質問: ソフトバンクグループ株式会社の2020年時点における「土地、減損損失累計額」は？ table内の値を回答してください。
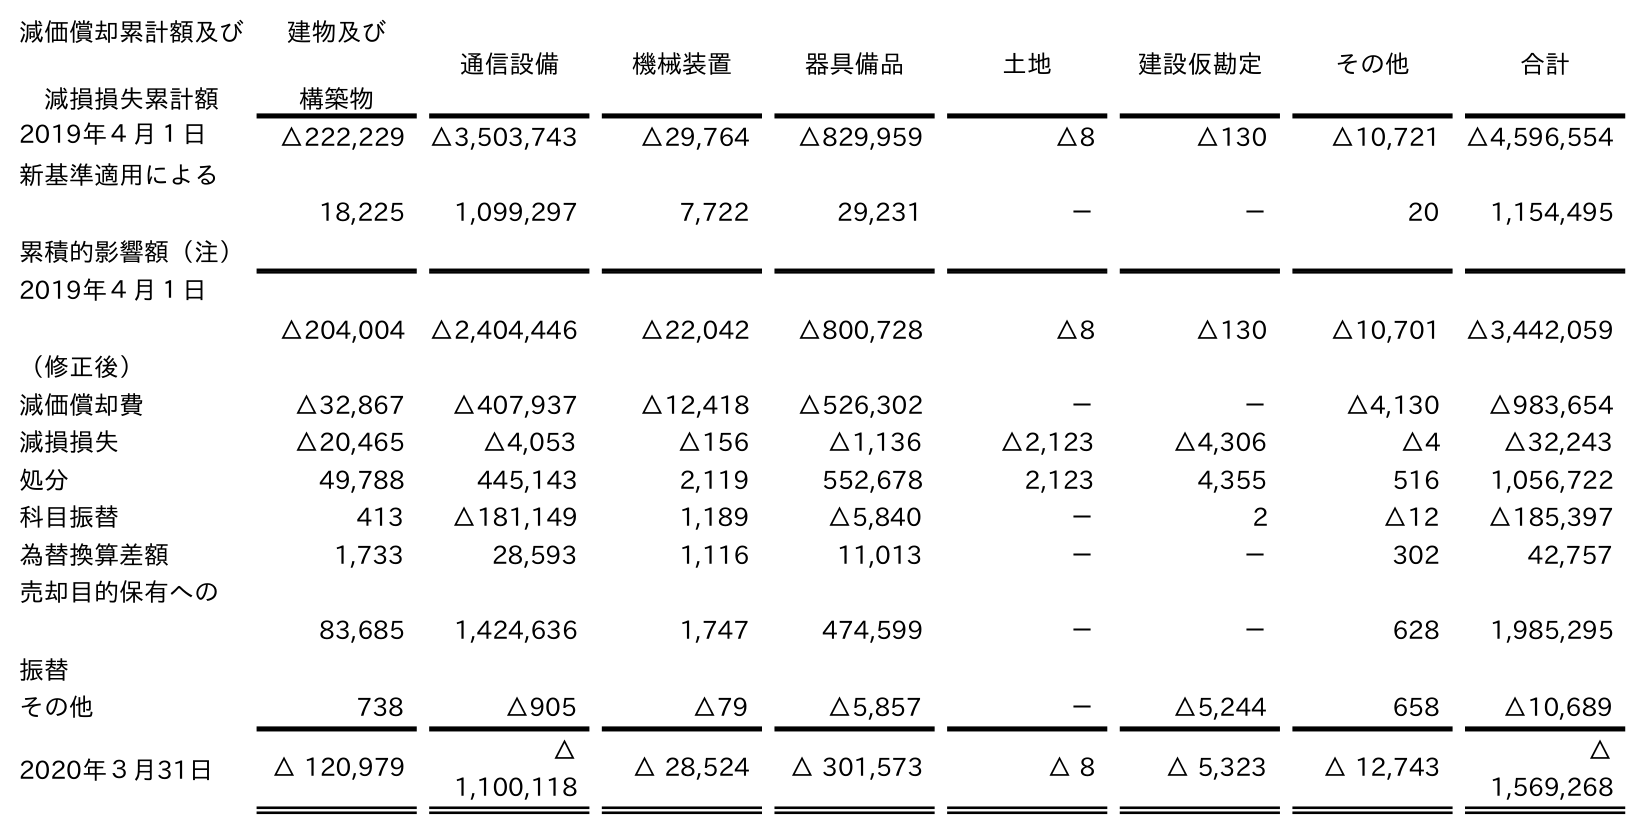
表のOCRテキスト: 減価償却累計額及び 減損損失累計額 建物及び 構築物 通信設備 機械装置 器具備品 土地 建設仮勘定 その他 合計 2019年４月１日 △222,229 △3,503,743 △29,764 △829,959 △8 △130 △10,721 △4,596,554 新基準適用による 累積的影響額（注） 18,225 1,099,297 7,722 29,231 － － 20 1,154,495 2019年４月１日 （修正後） △204,004 △2,404,446 △22,042 △800,728 △8 △130 △10,701 △3,442,059 減価償却費 △32,867 △407,937 △12,418 △526,302 － － △4,130 △983,654 減損損失 △20,465 △4,053 △156 △1,136 △2,123 △4,306 △4 △32,243 処分 49,788 445,143 2,119 552,678 2,123 4,355 516 1,056,722 科目振替 413 △181,149 1,189 △5,840 － 2 △12 △185,397 為替換算差額 1,733 28,593 1,116 11,013 － － 302 42,757 売却目的保有への 振替 83,685 1,424,636 1,747 474,599 － － 628 1,985,295 その他 738 △905 △79 △5,857 － △5,244 658 △10,689 2020年３月31日 △ 120,979 △ 1,100,118 △ 28,524 △ 301,573 △ 8 △ 5,323 △ 12,743 △ 1,569,268
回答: △8